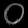
Digit: ၀